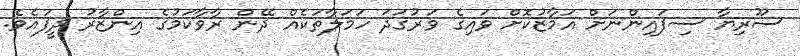
ސޫރިޔާ ސިފައިންނަށް އަމާޒުކޮށް ވައިގެ ވަރުގަދަ ހަމަލާތަކެއް ދޭން ރާވާކަމުގެ އިންޒާރު ދީފައެވެ.